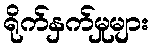
ရိုက်နှက်မှုများ